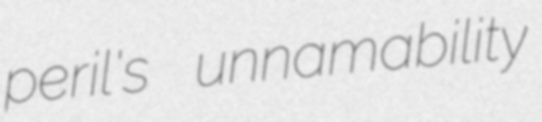
peril's unnamability